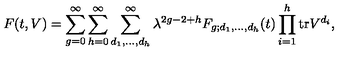
F ( t , V ) = \sum _ { g = 0 } ^ { \infty } \sum _ { h = 0 } ^ { \infty } \sum _ { d _ { 1 } , \ldots , d _ { h } } ^ { \infty } \lambda ^ { 2 g - 2 + h } F _ { g ; d _ { 1 } , \ldots , d _ { h } } ( t ) \prod _ { i = 1 } ^ { h } \mathrm { t r } V ^ { d _ { i } } ,